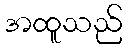
အထူသည်